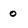
Character: 0